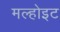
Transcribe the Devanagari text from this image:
मल्होइट